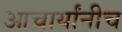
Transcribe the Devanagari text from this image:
आचार्यांनीच